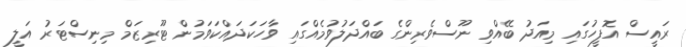
ރައީސް އޮފީހުގައި މިއަދު ބޭއްވި ނޫސްވެރިންގެ ބައްދަލުވުމެއްގައި ވާހަކަދައްކަވަމުން ޓޫރިޒަމް މިނިސްޓަރު އަލީ